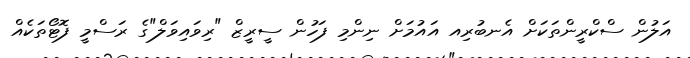
އަލުން ސްކްރީންތަކަށް އެނބުރިއ އައުމަށް ނިންމި ފަހުން ސީރީޒް "ރިވައިވަލް"ގެ ރަސްމީ ފޮޓޯތަކެއް